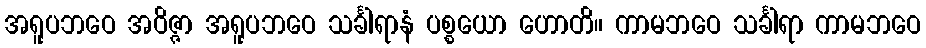
အရူပဘဝေ အဝိဇ္ဇာ အရူပဘဝေ သင်္ခါရာနံ ပစ္စယော ဟောတိ။ ကာမဘဝေ သင်္ခါရာ ကာမဘဝေ